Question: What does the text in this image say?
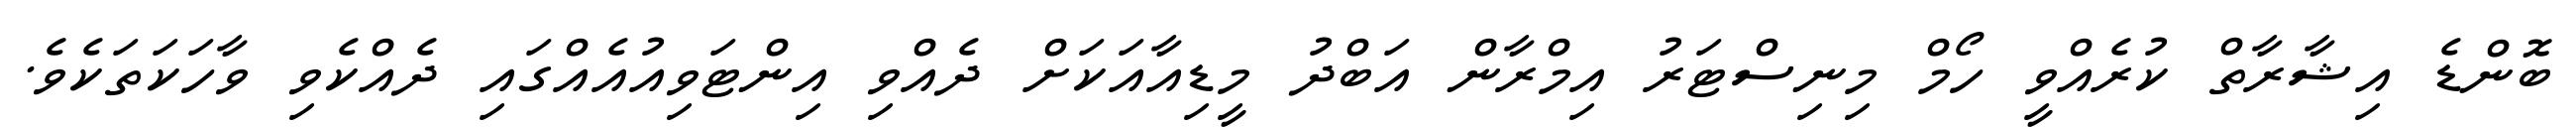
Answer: ބޮންޑެ އިޝާރާތް ކުރެއްވީ ހޯމް މިނިސްޓަރު އިމްރާން އަބްދު މީޑިއާއަކަށް ދެއްވި އިންޓަވިއުއެއްގައި ދެއްކެވި ވާހަކަތަކެވެ.